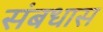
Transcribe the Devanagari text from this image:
संबधास